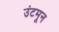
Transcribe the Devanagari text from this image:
उंटमून